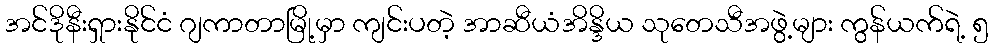
အင်ဒိုနီးရှားနိုင်ငံ ဂျကာတာမြို့မှာ ကျင်းပတဲ့ အာဆီယံအိန္ဒိယ သုတေသီအဖွဲ့များ ကွန်ယက်ရဲ့ ၅